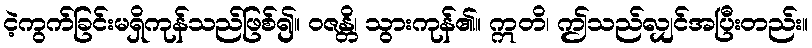
ငဲ့ကွက်ခြင်းမရှိကုန်သည်ဖြစ်၍။ ဝဇန္တိ၊ သွားကုန်၏။ ဣတိ၊ ဤသည်လျှင်အပြီးတည်း။